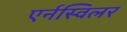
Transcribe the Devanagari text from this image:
एर्नस्विलर